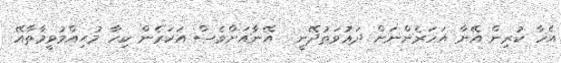
އެހާ ކުރިން އޭނާ އަހަރެންނަށް ދަޢުވަތުދޭނީ  އޭނާއަށްވެސް އަހަރެން ކިހާ މުޙިއްމުވީމާތާއޭ